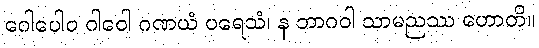
ဂေါပေါဝ ဂါဝေါ ဂဏယံ ပရေသံ၊ န ဘာဂဝါ သာမညဿ ဟောတိ။